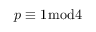
p \equiv 1 { \bmod { 4 } }